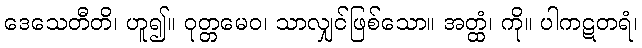
ဒေသေတီတိ၊ ဟူ၍။ ဝုတ္တမေဝ၊ သာလျှင်ဖြစ်သော။ အတ္ထံ၊ ကို။ ပါကဋတရံ၊